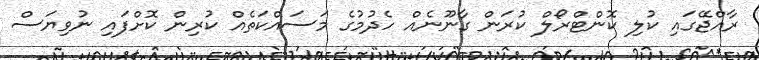
ރާއްޖޭގައި ކުލި ކޮންޓްރޯލް ކުރަން ގާނޫނެއް ހެދުމުގެ މަސައްކަތެއް ކުރިން ކޮށްފައި ނުވިޔަސް